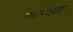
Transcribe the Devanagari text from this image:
सबसेपहला